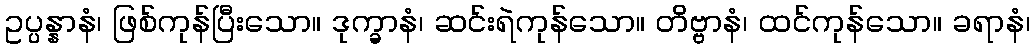
ဥပ္ပန္နာနံ၊ ဖြစ်ကုန်ပြီးသော။ ဒုက္ခာနံ၊ ဆင်းရဲကုန်သော။ တိဗ္ဗာနံ၊ ထင်ကုန်သော။ ခရာနံ၊